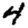
Digit: 4